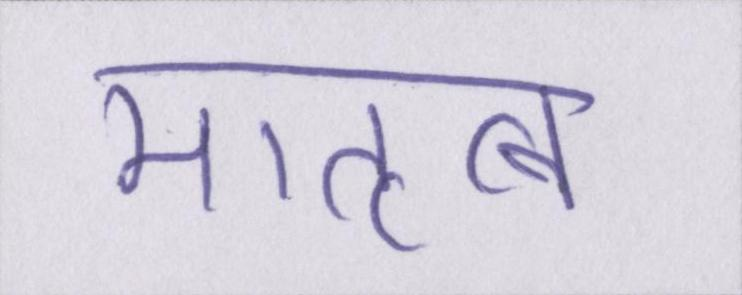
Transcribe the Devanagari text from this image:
मातृत्व